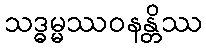
သဒ္ဓမ္မဿဝနန္တိဿ